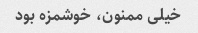
خیلی ممنون، خوشمزه بود